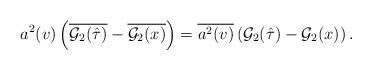
LaTeX: \begin{align*}a^2(v) \left(\overline{{\cal G}_2(\hat\tau)}-\overline{{\cal G}_2(x)}\right)=\overline{{a^2}(v)}\left({\cal G}_2(\hat\tau)-{\cal G}_2(x)\right).\end{align*}